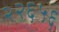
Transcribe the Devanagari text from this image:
२२६५६